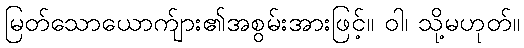
မြတ်သောယောက်ျား၏အစွမ်းအားဖြင့်။ ဝါ၊ သို့မဟုတ်။